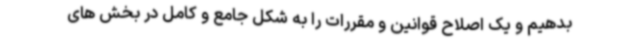
بدهیم و یک اصلاح قوانین و مقررات را به شکل جامع و کامل در بخش های